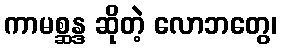
ကာမစ္ဆန္ဒ ဆိုတဲ့ လောဘတွေ၊